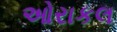
ઓરાકલ